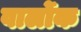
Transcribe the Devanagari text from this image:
वार्लोक